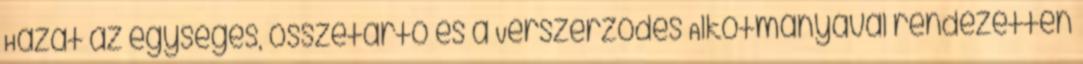
Hazát az egységes, összetartó és a Vérszerződés Alkotmányával rendezetten